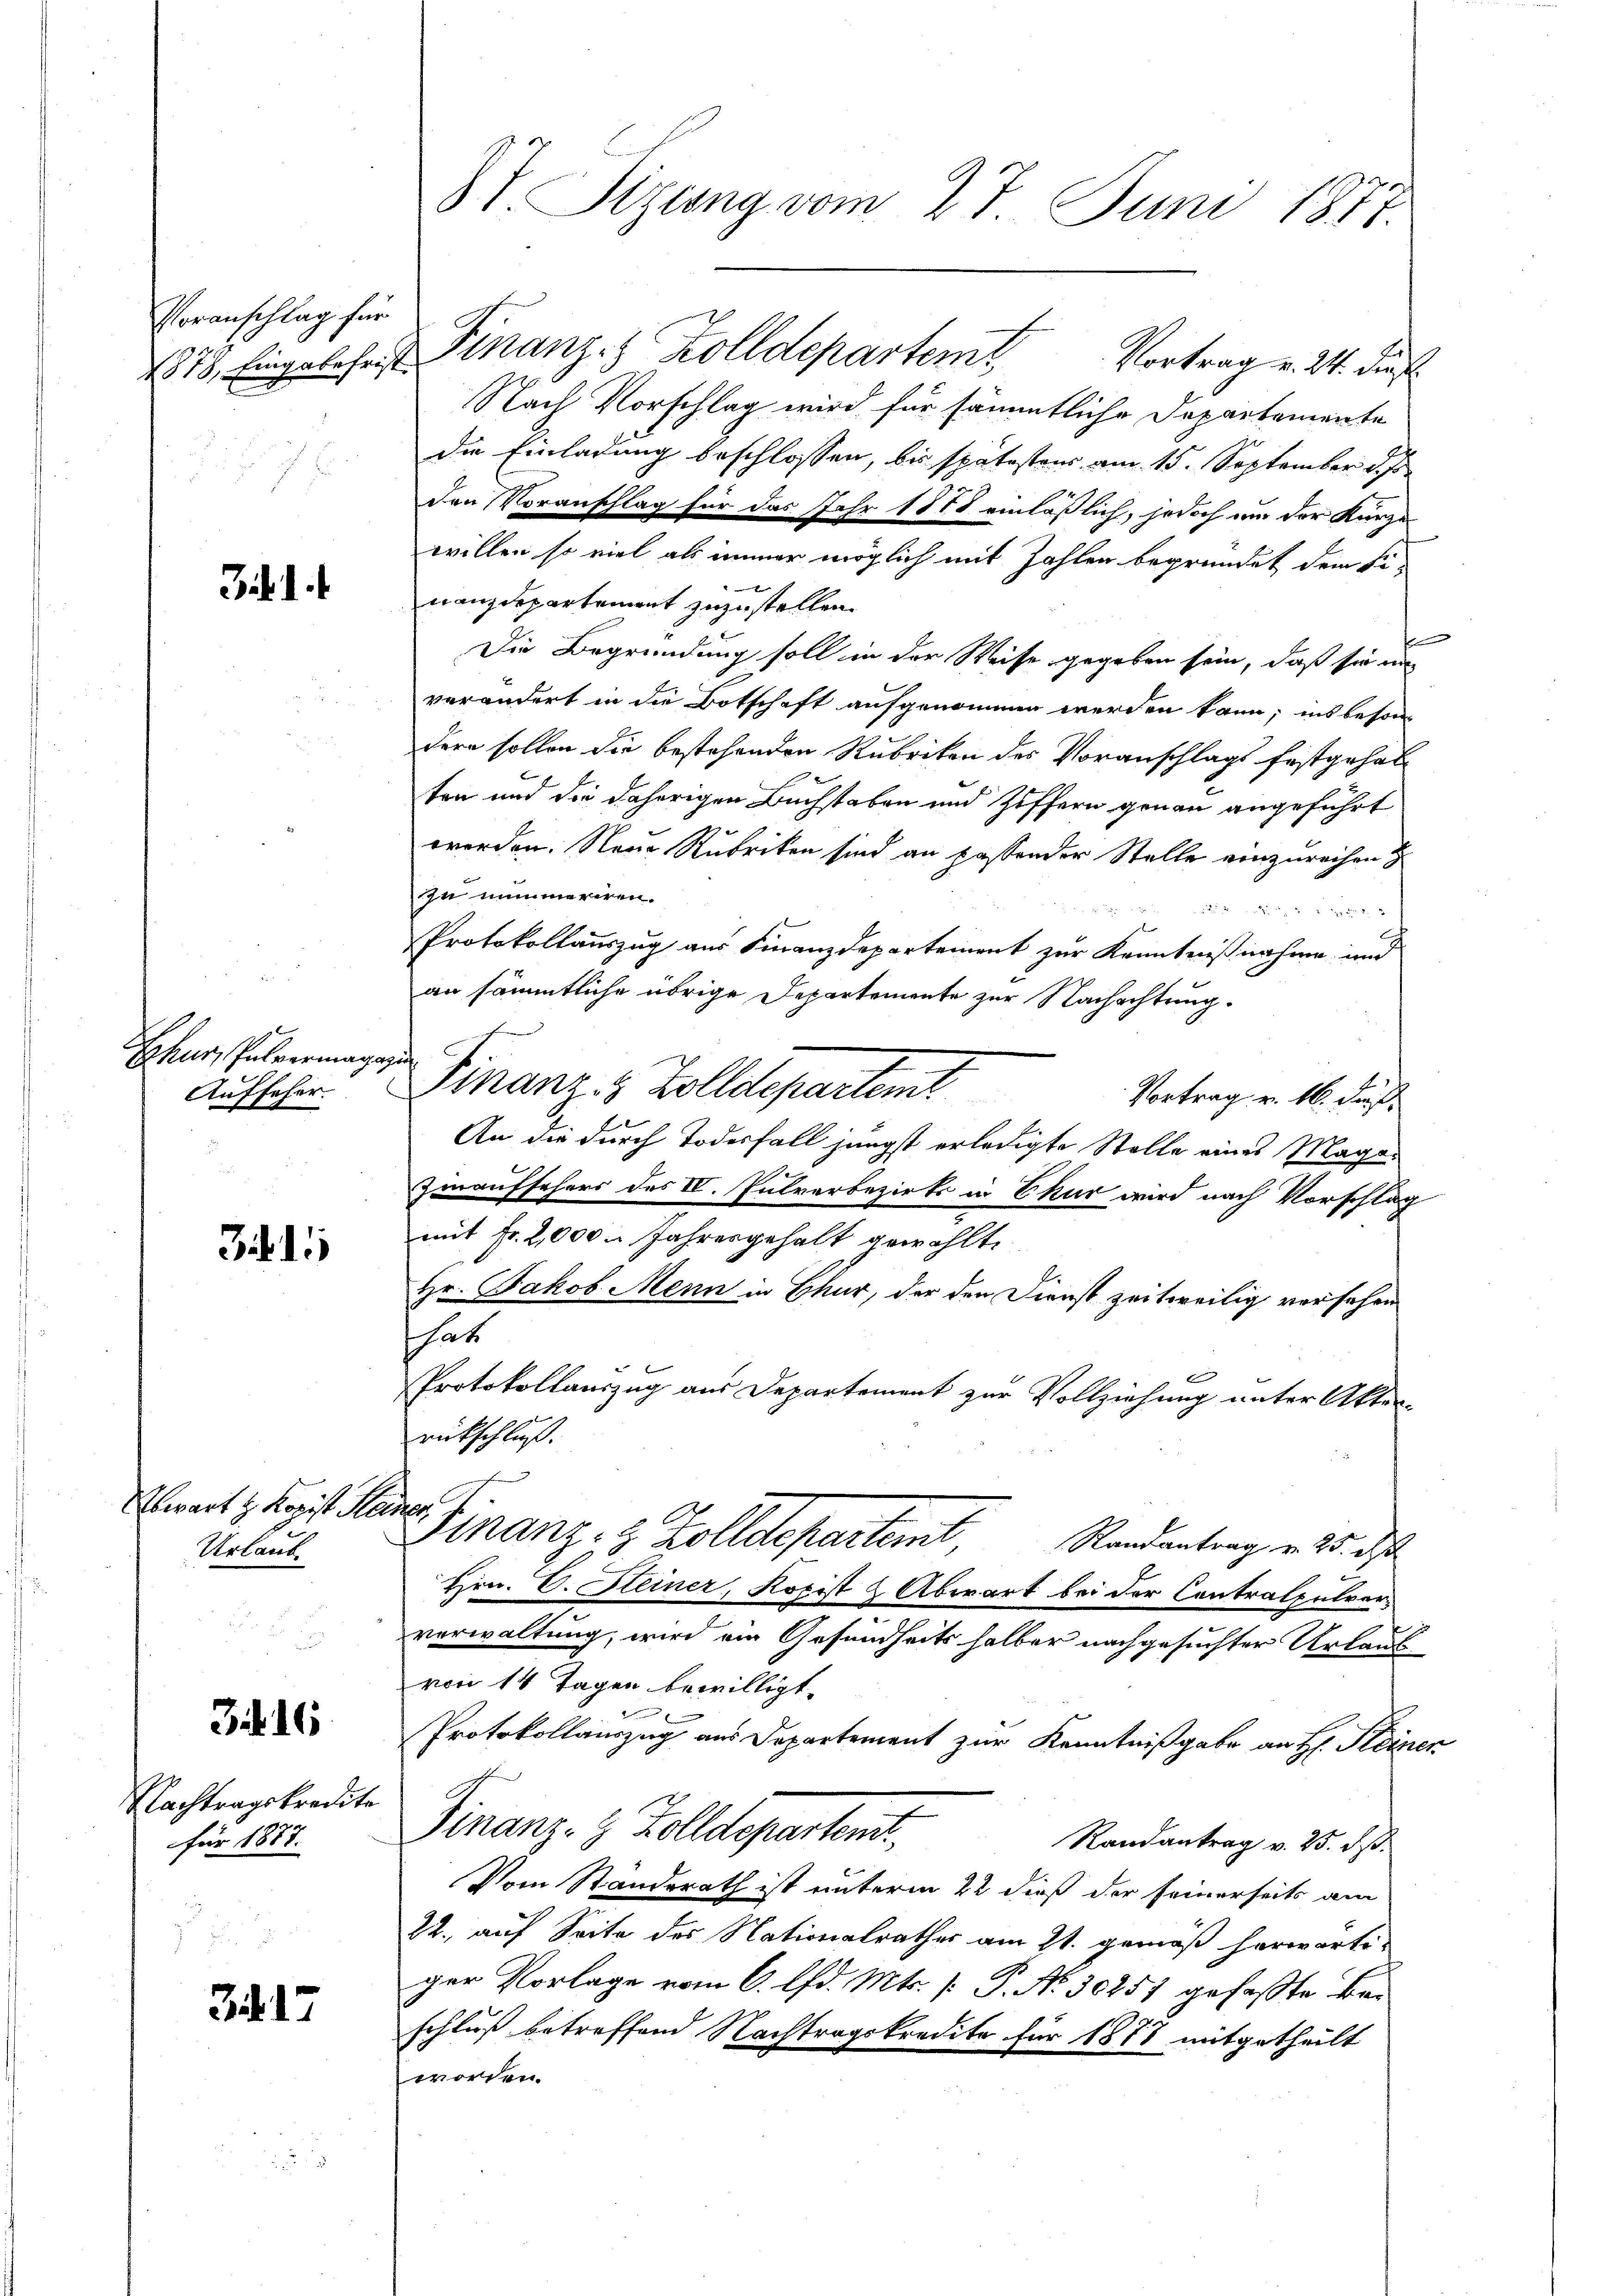
Voranschlag für
1878, Eingabefrist

Jul. d. d.

Chur, Pulvermage,
Aufseher.

3.11

Erwart z. Kopist Heiner
Urlaub

34. 16

Nachtragskredite
für 1887.

317

8t. Sizung vom 27. Juni 1877.

Finanz-8 Zolldepartem
Vortrag v. 24. dies
Nach Vorschlag wird für sämmtliche Departemente
die Einladung beschlossen, bis spätestens am 15. September d. Js
den Voranschlag für das Jahr 1888 einläßlich, jedoch um der Kurze
willen so viel als immer möglich mit Zahlen begründet dem Fix
nanzdepartement zuzustellen.
f
Die Begründung soll in der Weise gegeben sein, daß sie mi
verändert in die Botschaft aufgenommen werden kann; insbeson
dern sollen die bestehenden Rubriken des Voranschlags festgehalten und die daherigen Buchstaben und Ziffern genau angeführt
werden. Neue Rubriken sind an passender Stelle einzureihen.
zu nimmeriren.

Protokollauszug aus Finanzdepartement zur Kenntnißnahme und
an sämmtliche übrige Departemente zur Nachachtung.
i
Pipanz, Zolldepartemt
Vortrag v. 16. Fuß.
An die durch Todesfall jüngst erledigte Stelle eines Magen
Zinaufsehers des IV. Pulverbezirks in Ekur wird nach Vorschlag
mit Fr. 2,000 Jahresgehalt gewählt.
Hr. Jakob Mein in Chur, der den Dienst zeitweilig versehen
hat
c
Protokollauszug aus Departement zur Vollziehung unter Akten-
rückschluß.
Finanz- & Zolldepartem Randantrag v. 25. ds
Hrn. V. Heiner, Kopist & Abwart bei der Contralpulververwaltung, wird ein Gesundheits halber nachgesuchter Urlauf
von 14 Tagen bewilligt.
x
Protokollauszug aus Departement zur Kenntnißgabe an H. Kleiner
Finanz- & Zolldepartemt
Randantrag v. 25. dß.
Vom Standerath ist unterm 22 dieß der seinerseits am
22., auf Seite des Nationalrathes am 21. gemäß herwärti-
ger Vorlage vom 6. d. Mts. [ P. No. 30257 gefasste Beschluß betreffend Nachtragskredite für 1878 mitgetheilt
worden.